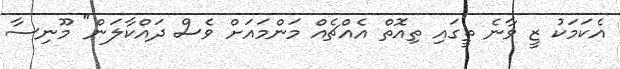
އެކަމަކު ޒީ ވާނެ ތީގައި ތިއޮތް އެއްޗެއް މަންމައަށް ވެސް ދައްކާލަން" މޫނިސާ